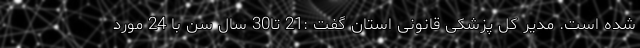
شده است. مدیر کل پزشکی قانونی استان گفت :21 تا30 سال سن با 24 مورد